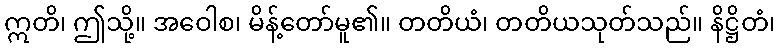
ဣတိ၊ ဤသို့။ အဝေါစ၊ မိန့်တော်မူ၏။ တတိယံ၊ တတိယသုတ်သည်။ နိဋ္ဌိတံ၊